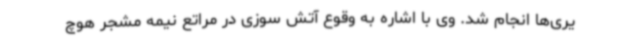
یری‌ها انجام شد. وی با اشاره به وقوع آتش سوزی در مراتع نیمه مشجر هوچ